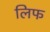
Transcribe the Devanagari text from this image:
लिफ